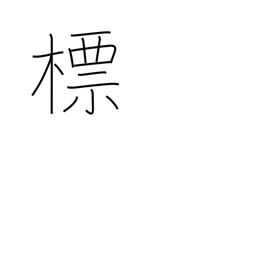
Meaning: emblem